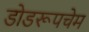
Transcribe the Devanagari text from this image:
डोडरूपचेम